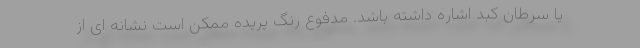
یا سرطان کبد اشاره داشته باشد. مدفوع رنگ پریده ممکن است نشانه ای از